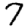
Digit: 7